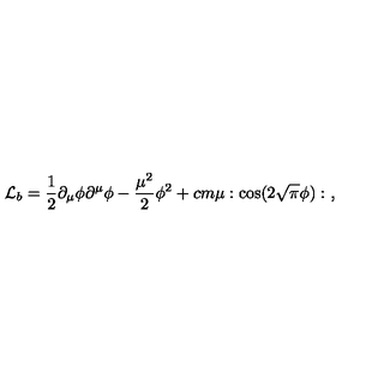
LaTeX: { \cal L } _ { b } = { \frac { 1 } { 2 } } \partial _ { \mu } \phi \partial ^ { \mu } \phi - { \frac { \mu ^ { 2 } } { 2 } } \phi ^ { 2 } + c m \mu : \cos ( 2 \sqrt { \pi } \phi ) : \ ,